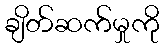
ချိတ်ဆက်မှုကို